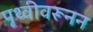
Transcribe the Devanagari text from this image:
पृथ्वीवरूनन